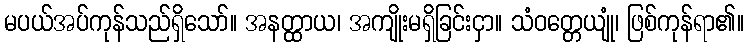
မပယ်အပ်ကုန်သည်ရှိသော်။ အနတ္ထာယ၊ အကျိုးမရှိခြင်းငှာ။ သံဝတ္တေယျုံ၊ ဖြစ်ကုန်ရာ၏။